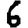
Digit: 6